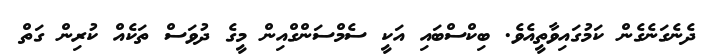
ދެނެގަނެގެން ކަމުގައިވާތީއެވެ. ބިކްސްބައި އަކީ ސެމްސަންގްއިން މީގެ ދުވަސް ތަކެއް ކުރިން ގަތް